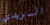
السويدي